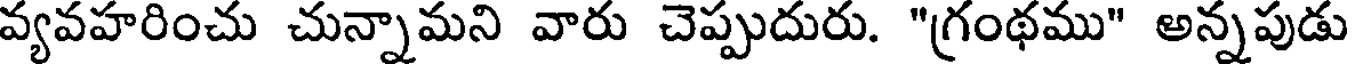
వ్యవహరించు చున్నామని వారు చెప్పుదురు. "గ్రంథము" అన్నపుడు